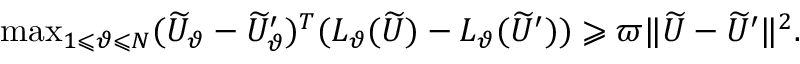
\begin{array} { r } { \operatorname* { m a x } _ { 1 \leqslant \vartheta \leqslant N } ( \widetilde { U } _ { \vartheta } - \widetilde { U } _ { \vartheta } ^ { \prime } ) ^ { T } ( L _ { \vartheta } ( \widetilde { U } ) - L _ { \vartheta } ( \widetilde { U } ^ { \prime } ) ) \geqslant \varpi \| \widetilde { U } - \widetilde { U } ^ { \prime } \| ^ { 2 } . } \end{array}